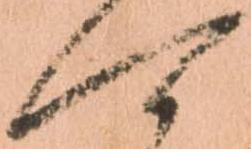
可